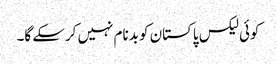
کوئی لیکس پاکستان کو بدنام نہیں کرسکے گا۔